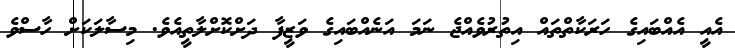
އެއީ އެއްބައިގެ ހަރަކާތްތައް އިތުރުވެއްޖެ ނަމަ އަނެއްބައިގެ ވަޒީފާ ދަށްކޮށްލާތީއެވެ. މިސާލަކަށް ހާސްވެ